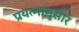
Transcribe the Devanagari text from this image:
प्रयत्नांनुसार